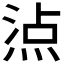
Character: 𤊁